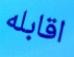
اقابله